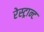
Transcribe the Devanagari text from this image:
रेस्ट्रान्ट